Lunatic asylums Punjab 1868-1880 - 1868-1880
Year: 1868
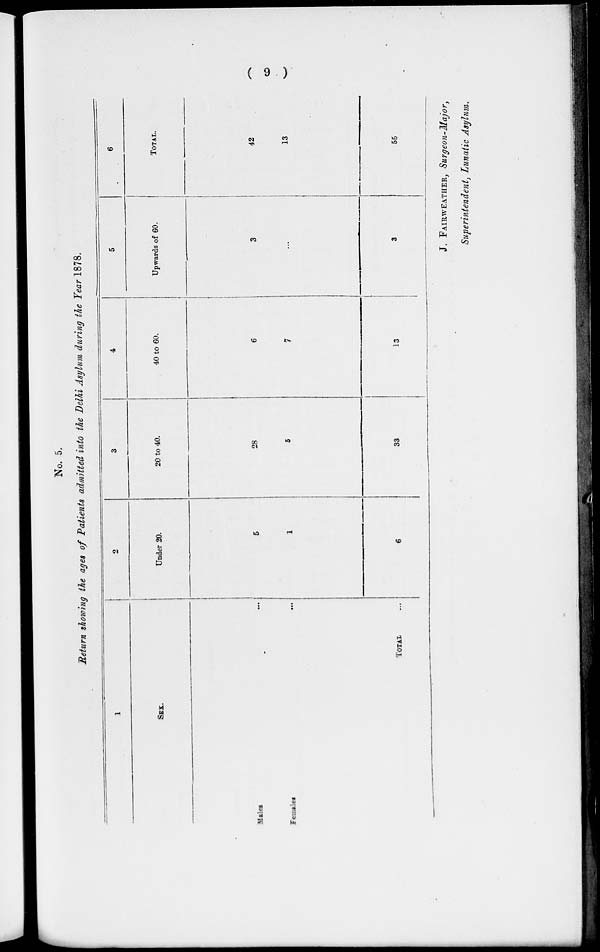
( 9 )
No. 5.
Return showing the ages of Patients admitted into the Delhi Asylum during the Tear 1878,
1
SEX.
Males ...
Females ...
TOTAL ...
2
Under 20.
5
1
6
3
20 to 40.
28
5
33
4
40 to 60.
6
7
13
5
Upwards of 60.
3
...
3
6
TOTAL.
42
13
55
J. FAIRWEATHER, Surgeon-Major,
Superintendent, Lunatic Asylum.